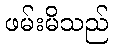
ဖမ်းမိသည်